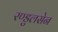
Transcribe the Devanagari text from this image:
रण्डुलसेन